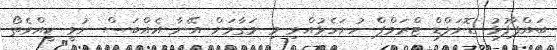
ބައްޕާފުޅު ޑޮނަލްޑް ޓްރަމްޕް ހުށަހެޅުއްވި މި މަގާމަށް އޭނާ އެއްބަސް ނުވީ ކީއްވެތޯ